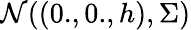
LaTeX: \mathcal{N}((0.,0.,h),\Sigma)